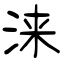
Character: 涞